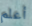
أعلم